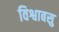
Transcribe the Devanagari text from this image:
विश्वाबसु